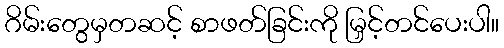
ဂိမ်းတွေမှတဆင့် စာဖတ်ခြင်းကို မြှင့်တင်ပေးပါ။